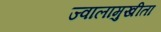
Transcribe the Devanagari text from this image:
ज्वालामुखीता